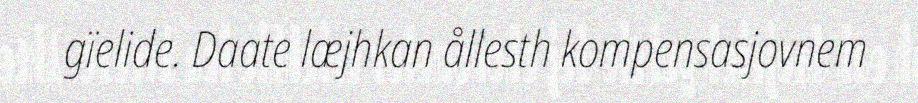
gïelide. Daate læjhkan ållesth kompensasjovnem